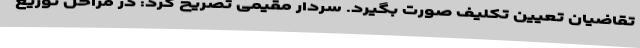
تقاضیان تعیین تکلیف صورت بگیرد. سردار مقیمی تصریح کرد: در مراحل توزیع